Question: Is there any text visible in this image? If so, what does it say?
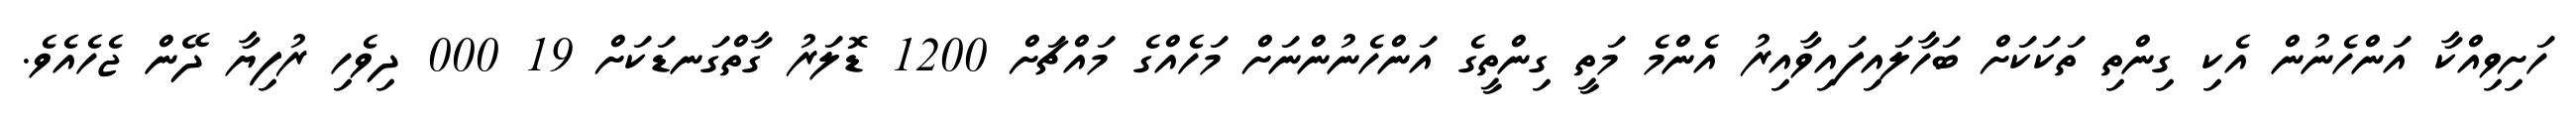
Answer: ހަށިވިއްކާ އަންހެނުން އެކި ގިންތި ތަކަކަށް ބަހާލައިފައިވާއިރު އެންމެ މަތީ ގިންތީގެ އަންހެނުންނަށް މަހެއްގެ މައްޗަށް 1200 ޑޮލަރު ގާތްގަނޑަކަށް 19 000 ދިވެހި ރުފިޔާ ދޭން ޖެހެއެވެ.